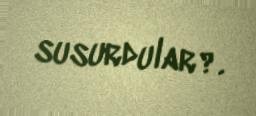
susurdular?.